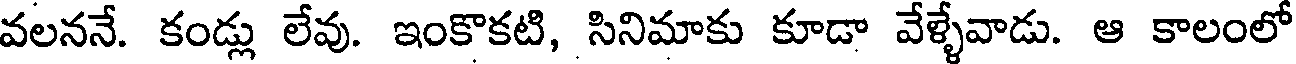
వలననే. కండ్లు లేవు. ఇంకొకటి, సినిమాకు కూడా వేళ్ళేవాడు. ఆ కాలంలో